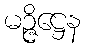
မဉ္ဇိဋ္ဌေန